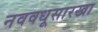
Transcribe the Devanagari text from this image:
नववधूसारखा